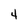
Character: 4